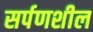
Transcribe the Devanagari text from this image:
सर्पणशील